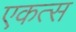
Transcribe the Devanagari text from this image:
एकत्स